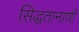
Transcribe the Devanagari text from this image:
सिद्धतानाणी